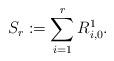
LaTeX: \begin{align*}S_r:=\sum_{i=1}^r R^1_{i,0}.\end{align*}